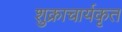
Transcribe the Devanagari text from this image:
शुक्राचार्यकृत